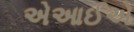
એઆઈએ